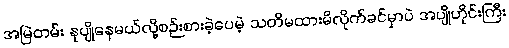
အမြဲတမ်း နုပျိုနေမယ်လို့စဉ်းစားခဲ့ပေမဲ့ သတိမထားမိလိုက်ခင်မှာပဲ အပျိုဟိုင်းကြီး